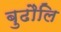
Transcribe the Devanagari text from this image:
बुढौलि